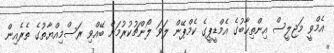
އެމްވީ މަޖިލީސް އިންތިޙާބުގެ އެމްޑީޕީގެ ކެމްޕޭން ލަވަ ލޯންޗުކުރުމަށް ބޭއްވި ރަސްމިއްޔާތުގެ ތެރެއިން